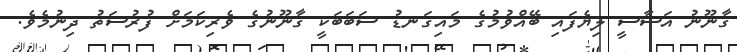
ގާނޫނު އަސާސީ ލިޔެފައި ބޭއްވުމުގެ މައިގަނޑު ސަބަބަކީ ގާނޫނުގެ ވެރިކަމަށް ފުރުސަތު ދިނުމެވެ.